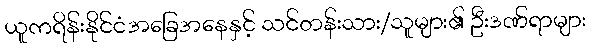
ယူကရိန်းနိုင်ငံအခြေအနေနှင့် သင်တန်းသား/သူများ၏ ဦးဒဏ်ရာများ